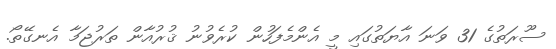
ސޫރަތުގެ 31 ވަނަ އާޔަތުގައި މީ އެންމެފަހުން ކުރެވުނު ޤުރުއާން ތަރުޖަމާ އެނގޭތޯ.